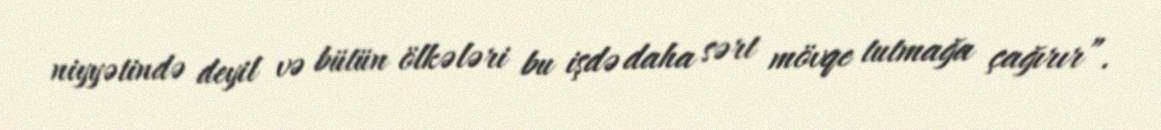
niyyətində deyil və bütün ölkələri bu işdə daha sərt mövqe tutmağa çağırır”.